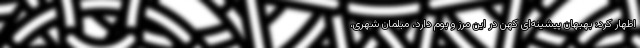
اظهار کرد: بهبهان پیشینه‌ای کهن در این مرز و بوم دارد، مبلمان شهری،